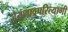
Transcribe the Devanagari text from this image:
द्वैतभावपरित्यागी